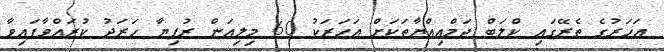
އަހަރުގެ ތެރޭގައި ކްލަބް ޖަމްއިއްޔާތަކަށް އަހަރަކު 60 މިލިއަން ރުފިޔާ ހަރަދު ކުރައްވާފައިވާ